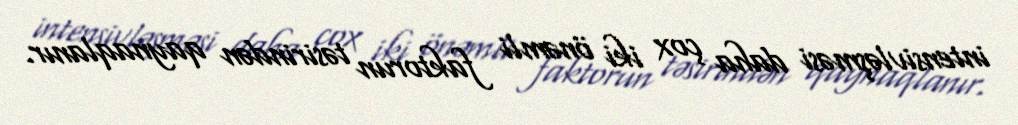
intensivləşməsi daha çox iki önəmli faktorun təsirindən qaynaqlanır.